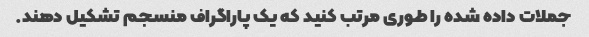
جملات داده شده را طوری مرتب کنید که یک پاراگراف منسجم تشکیل دهند.